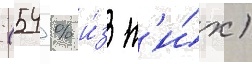
(54 % и́з н'и́х)